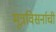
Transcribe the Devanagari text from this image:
मूत्रविसर्नाची